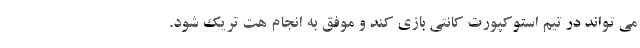
می تواند در تیم استوکپورت کانتی بازی کند و موفق به انجام هت تریک شود.